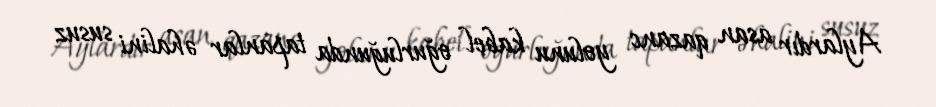
Aylardır asan qazanc yolunu kabel oğurluğunda tapanlar əhalini susuz